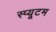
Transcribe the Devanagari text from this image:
स्प्यूटम